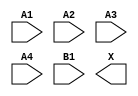
module sky130_fd_sc_ms__o41a (
    //# {{data|Data Signals}}
    input  A1,
    input  A2,
    input  A3,
    input  A4,
    input  B1,
    output X
);

    // Voltage supply signals
    supply1 VPWR;
    supply0 VGND;
    supply1 VPB ;
    supply0 VNB ;

endmodule